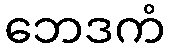
ဘေဒကံ